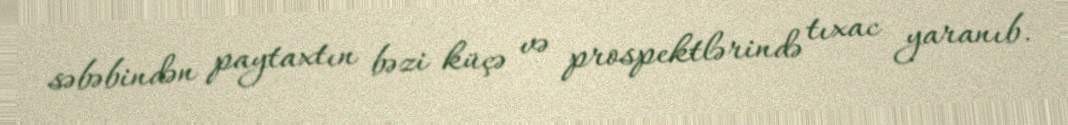
səbəbindən paytaxtın bəzi küçə və prospektlərində tıxac yaranıb.